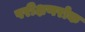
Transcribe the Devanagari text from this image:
परीक्षणरोक